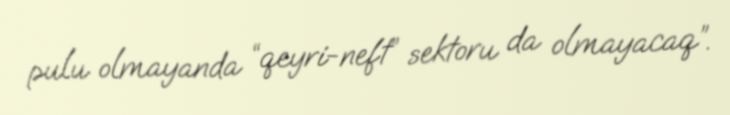
pulu olmayanda “qeyri-neft” sektoru da olmayacaq”.